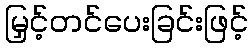
မြှင့်တင်ပေးခြင်းဖြင့်